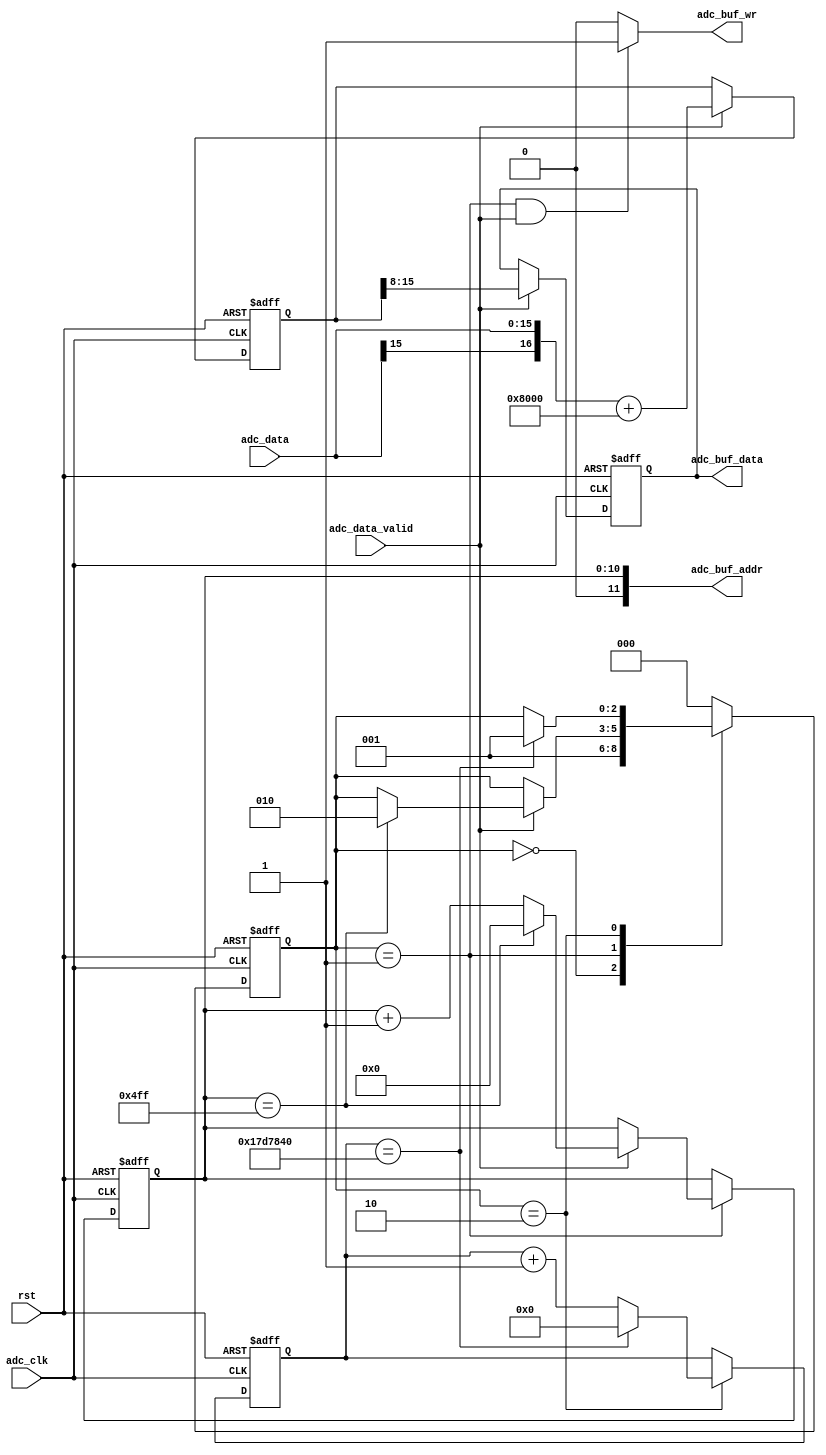
//////////////////////////////////////////////////////////////////////////////////
//                                                                              //
//                                                                              //
//          msq@qq.com                                                          //
//          ALINX(shanghai) Technology Co.,Ltd                                  //
//          heijin                                                              //
//     WEB: http://www.alinx.cn/                                                //
//     BBS: http://www.heijin.org/                                              //
//                                                                              //
//////////////////////////////////////////////////////////////////////////////////
//                                                                              //
// Copyright (c) 2017,ALINX(shanghai) Technology Co.,Ltd                        //
//                    All rights reserved                                       //
//                                                                              //
// This source file may be used and distributed without restriction provided    //
// that this copyright statement is not removed from the file and that any      //
// derivative work contains the original copyright notice and the associated    //
// disclaimer.                                                                  //
//                                                                              //
//////////////////////////////////////////////////////////////////////////////////

//================================================================================
//  Revision History:
//  Date          By            Revision    Change Description
//--------------------------------------------------------------------------------
//2017/8/28                   1.0          Original
//*******************************************************************************/
module ad7606_sample(
	input                       adc_clk,
	input                       rst,
	input[15:0]                 adc_data,			//adc sample data
	input                       adc_data_valid,		//adc data is valid
	output                      adc_buf_wr,			//buffer write enable signal
	output[11:0]                adc_buf_addr,		//buffer write address
	output[7:0]                 adc_buf_data		//buffer write data
);


localparam       S_IDLE    = 0;
localparam       S_SAMPLE  = 1;
localparam       S_WAIT    = 2;

reg signed[16:0] 	adc_data_offset;
reg[7:0] 			adc_data_narrow;
reg[7:0] 			adc_data_narrow_d0;
reg[10:0] 			sample_cnt;
reg[31:0] 			wait_cnt;
reg[2:0] 			state;

assign adc_buf_addr = sample_cnt;
assign adc_buf_data = adc_data_narrow;
assign adc_buf_wr 	= (state == S_SAMPLE && adc_data_valid == 1'b1) ? 1'b1 : 1'b0;
//change to unsigned data
always@(posedge adc_clk or posedge rst)
begin
	if(rst == 1'b1)
		adc_data_offset <= 13'd0;
	else if(adc_data_valid == 1'b1)
		adc_data_offset <= {adc_data[15],adc_data} + 17'd32768;		
end
//use MSB 8 bit data
always@(posedge adc_clk or posedge rst)
begin
	if(rst == 1'b1)
		adc_data_narrow <= 8'd0;
	else if(adc_data_valid == 1'b1)
		adc_data_narrow <= adc_data_offset[15:8];
end
//data regitster delay
always@(posedge adc_clk or posedge rst)
begin
	if(rst == 1'b1)
		adc_data_narrow_d0 <= 8'd0;
	else if(adc_data_valid == 1'b1)
		adc_data_narrow_d0 <= adc_data_narrow;
end
always@(posedge adc_clk or posedge rst)
begin
	if(rst == 1'b1)
	begin
		state <= S_IDLE;
		wait_cnt <= 32'd0;
		sample_cnt <= 11'd0;
	end
	else
		case(state)
			S_IDLE:
			begin
				state <= S_SAMPLE;
			end
			S_SAMPLE:
			begin
				if(adc_data_valid == 1'b1)
				begin
					if(sample_cnt == 11'd1279)	//sample 1280 data
					begin
						sample_cnt <= 11'd0;
						state <= S_WAIT;
					end
					else
					begin
						sample_cnt <= sample_cnt + 11'd1;
					end
				end
			end		
			S_WAIT:
			begin
				if(wait_cnt == 32'd25_000_000)   //wait for a while
				begin
					state <= S_SAMPLE;
					wait_cnt <= 32'd0;
				end
				else
				begin
					wait_cnt <= wait_cnt + 32'd1;
				end	
			end	
			default:
				state <= S_IDLE;
		endcase
end

endmodule